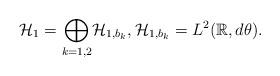
LaTeX: \begin{align*}\mathcal{H}_1 = \displaystyle{\bigoplus_{k=1,2}} \mathcal{H}_{1,b_k}, \mathcal{H}_{1,b_k}= L^2(\mathbb{R},d\theta).\end{align*}